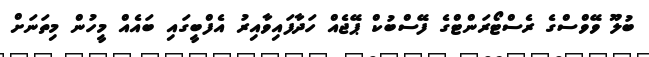
ބުލޫ ވޭވްސްގެ ރެސްޓޯރަންޓްގެ ފޭސްބުކް ޕޭޖެއް ހަދާފައިވާއިރު އެފްބީގައި ބައެއް މީހުން މިތަނަށް